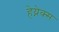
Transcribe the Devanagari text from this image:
हेय्नेक्स